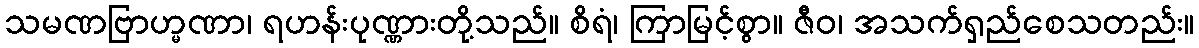
သမဏဗြာဟ္မဏာ၊ ရဟန်းပုဏ္ဏားတို့သည်။ စိရံ၊ ကြာမြင့်စွာ။ ဇီဝ၊ အသက်ရှည်စေသတည်း။